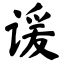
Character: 谖